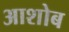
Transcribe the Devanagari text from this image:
आशोब